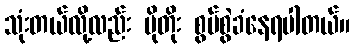
သုံးတယ်လို့လည်း ပိုတိုး စွပ်စွဲခံနေရပါတယ်။